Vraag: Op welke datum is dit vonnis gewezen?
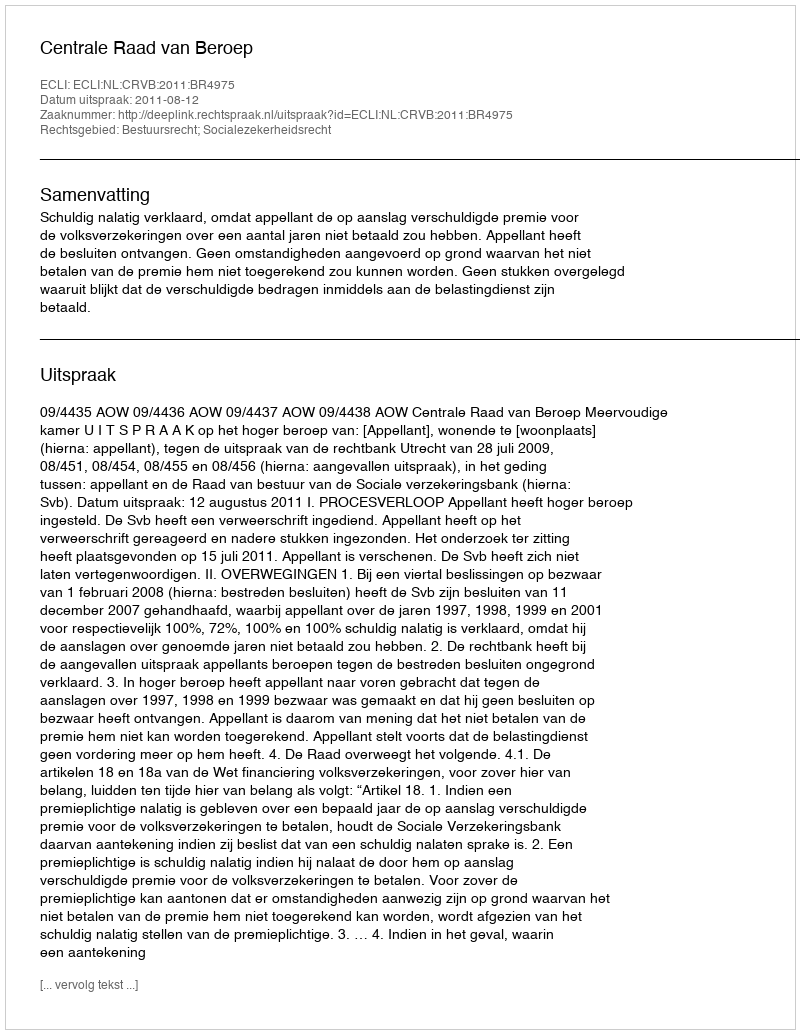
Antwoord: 2011-08-12